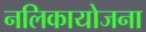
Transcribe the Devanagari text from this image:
नलिकायोजना